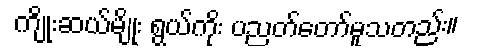
ကျိုးဆယ်မျိုး ရွယ်ကိုး ပညတ်တော်မူသတည်း။